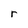
Character: r